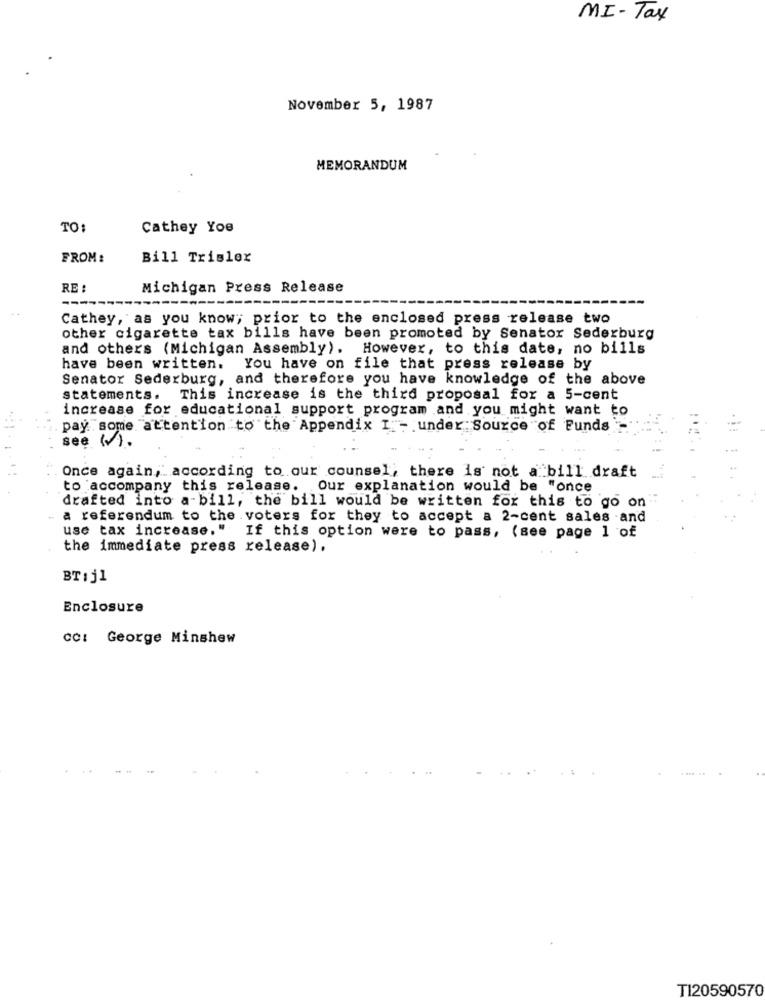
MI-Tax
November 5, 1987
MEMORANDUM
TO
Cathey Yoe
FROM :
Bill Trisler
RE :
Michigan Press Release
Cathey, as you know; prior to the enclosed press release two
other cigarette tax bills have been promoted by Senator Sederburg
and others (Michigan Assembly). However, to this date, no bills
have been written.
You have on file that press release by
Senator Sederburg, and therefore you have knowledge of the above
statements. This increase is the third proposal for a 5-cent
increase for educational support program and you might want to
pay some attention to the Appendix I - under Source of Funds
see (v).
Once again, according to our counsel, there is not a bill draft
to accompany this release. Our explanation would be "once
drafted into a-bill, the bill would be written for this to go on
a referendum to the voters for they to accept a 2-cent sales and
use tax increase." If this option were to pass, (see page 1 of
the immediate press release).
BT:j1
Enclosure
cc: George Minshew
TI20590570